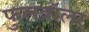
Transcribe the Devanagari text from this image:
फुलबॉलर